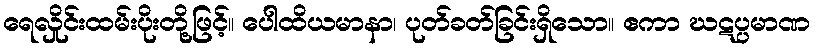
ရေလှိုင်းထမ်းပိုးတို့ဖြင့်။ ပေါထိယမာနာ၊ ပုတ်ခတ်ခြင်းရှိသော။ ဧကာ ဃဋပ္ပမာဏ